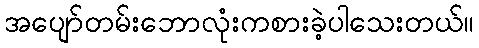
အပျော်တမ်းဘောလုံးကစားခဲ့ပါသေးတယ်။